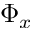
\Phi _ { x }